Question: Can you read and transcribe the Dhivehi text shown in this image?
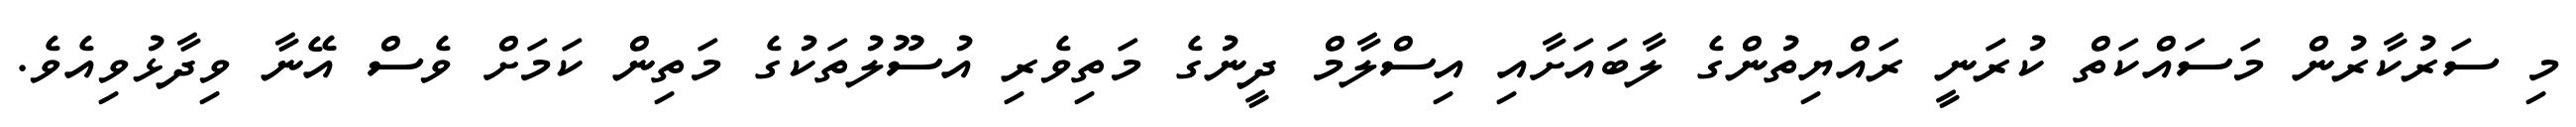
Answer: މި ސަރުކާރުން މަސައްކަތް ކުރަނީ ރައްޔިތުންގެ ލާބައަށާއި އިސްލާމް ދީނުގެ މަތިވެރި އުސޫލުތަކުގެ މަތިން ކަމަށް ވެސް އޭނާ ވިދާޅުވިއެވެ.